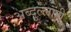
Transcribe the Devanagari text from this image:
अब्दुल्लाही